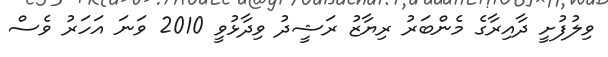
ވިލުފުށީ ދާއިރާގެ މެންބަރު ރިޔާޒު ރަޝީދު ވިދާޅުވީ 2010 ވަނަ އަހަރު ވެސް